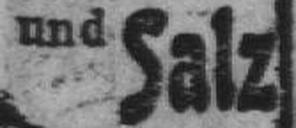
und Salz